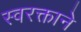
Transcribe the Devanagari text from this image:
स्‍वरक्ताने